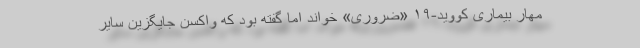
مهار بیماری کووید-۱۹ «ضروری» خواند اما گفته بود که واکسن جایگزین سایر